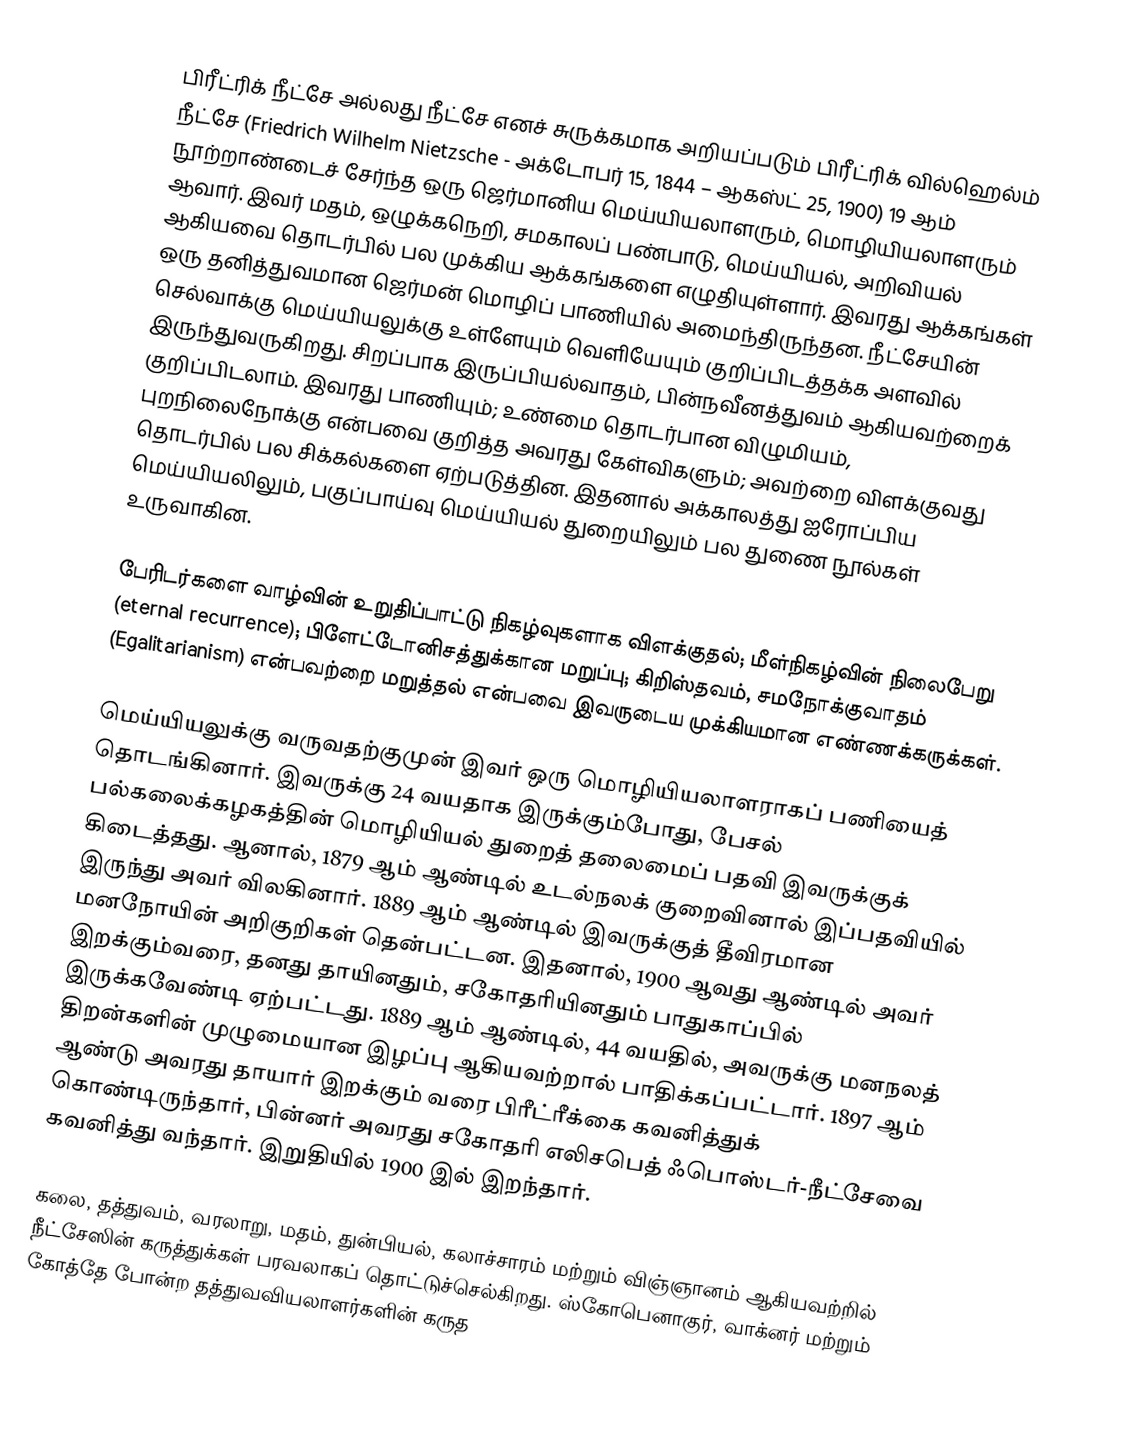
பிரீட்ரிக் நீட்சே அல்லது  நீட்சே எனச் சுருக்கமாக அறியப்படும்  பிரீட்ரிக் வில்ஹெல்ம் நீட்சே   (Friedrich Wilhelm Nietzsche - அக்டோபர் 15, 1844 – ஆகஸ்ட் 25, 1900) 19 ஆம் நூற்றாண்டைச் சேர்ந்த ஒரு ஜெர்மானிய   மெய்யியலாளரும், மொழியியலாளரும் ஆவார். இவர் மதம், ஒழுக்கநெறி, சமகாலப் பண்பாடு, மெய்யியல், அறிவியல் ஆகியவை தொடர்பில் பல முக்கிய ஆக்கங்களை எழுதியுள்ளார். இவரது ஆக்கங்கள் ஒரு தனித்துவமான ஜெர்மன் மொழிப் பாணியில் அமைந்திருந்தன. நீட்சேயின் செல்வாக்கு மெய்யியலுக்கு உள்ளேயும் வெளியேயும் குறிப்பிடத்தக்க அளவில் இருந்துவருகிறது. சிறப்பாக இருப்பியல்வாதம், பின்நவீனத்துவம் ஆகியவற்றைக் குறிப்பிடலாம். இவரது பாணியும்; உண்மை தொடர்பான விழுமியம், புறநிலைநோக்கு என்பவை குறித்த அவரது கேள்விகளும்; அவற்றை விளக்குவது தொடர்பில் பல சிக்கல்களை ஏற்படுத்தின. இதனால் அக்காலத்து ஐரோப்பிய மெய்யியலிலும், பகுப்பாய்வு மெய்யியல் துறையிலும் பல துணை நூல்கள் உருவாகின.

பேரிடர்களை வாழ்வின் உறுதிப்பாட்டு நிகழ்வுகளாக விளக்குதல்; மீள்நிகழ்வின் நிலைபேறு (eternal recurrence); பிளேட்டோனிசத்துக்கான மறுப்பு; கிறிஸ்தவம், சமநோக்குவாதம் (Egalitarianism) என்பவற்றை மறுத்தல் என்பவை இவருடைய முக்கியமான எண்ணக்கருக்கள்.

மெய்யியலுக்கு வருவதற்குமுன் இவர் ஒரு மொழியியலாளராகப் பணியைத் தொடங்கினார். இவருக்கு 24 வயதாக இருக்கும்போது, பேசல் பல்கலைக்கழகத்தின் மொழியியல் துறைத் தலைமைப் பதவி இவருக்குக் கிடைத்தது. ஆனால், 1879 ஆம் ஆண்டில் உடல்நலக் குறைவினால் இப்பதவியில் இருந்து அவர் விலகினார். 1889 ஆம் ஆண்டில் இவருக்குத் தீவிரமான மனநோயின் அறிகுறிகள் தென்பட்டன. இதனால், 1900 ஆவது ஆண்டில் அவர் இறக்கும்வரை, தனது தாயினதும், சகோதரியினதும் பாதுகாப்பில் இருக்கவேண்டி ஏற்பட்டது. 1889 ஆம் ஆண்டில், 44 வயதில், அவருக்கு மனநலத் திறன்களின் முழுமையான இழப்பு ஆகியவற்றால் பாதிக்கப்பட்டார். 1897 ஆம் ஆண்டு அவரது தாயார் இறக்கும் வரை பிரீட்ரீக்கை கவனித்துக் கொண்டிருந்தார், பின்னர் அவரது சகோதரி எலிசபெத் ஃபொஸ்டர்-நீட்சேவை கவனித்து வந்தார். இறுதியில் 1900 இல் இறந்தார்.

கலை, தத்துவம், வரலாறு, மதம், துன்பியல், கலாச்சாரம் மற்றும் விஞ்ஞானம் ஆகியவற்றில் நீட்சேஸின் கருத்துக்கள் பரவலாகப் தொட்டுச்செல்கிறது. ஸ்கோபெனாகுர், வாக்னர் மற்றும் கோத்தே போன்ற தத்துவவியலாளர்களின் கருத